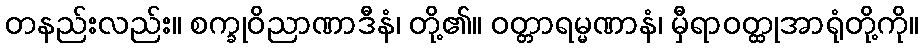
တနည်းလည်း။ စက္ခုဝိညာဏာဒီနံ၊ တို့၏။ ဝတ္တာရမ္မဏာနံ၊ မှီရာဝတ္ထုအာရုံတို့ကို။